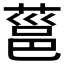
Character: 𮐞